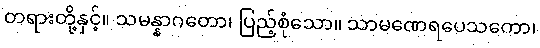
တရားတို့နှင့်။ သမန္နာဂတော၊ ပြည့်စုံသော။ သာမဏေရပေသကော၊